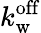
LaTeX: k_{\mathrm{w}}^{\mathrm{off}}